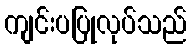
ကျင်းပပြုလုပ်သည်